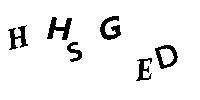
HHSGED